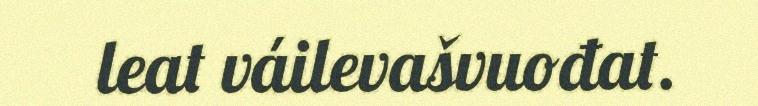
leat váilevašvuođat.